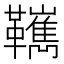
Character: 𩍺